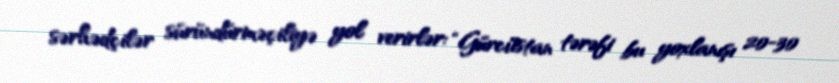
sərhədçilər süründürməçiliyə yol verirlər: “Gürcüstan tərəfi bu yoxlanışı 20-30